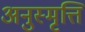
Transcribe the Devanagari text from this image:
अनुस्मृत्ति